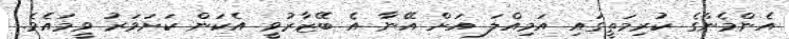
އެންމެންގެ ކުރިމަތީގައި އަމިއްލަ އަށް އޭނާ އެ ބޭޒާރުވީ އެކަން ކަށަވަރު ވީމައެވެ.